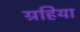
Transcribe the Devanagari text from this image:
ग्रहिया